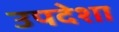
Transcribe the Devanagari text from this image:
उपदेशा